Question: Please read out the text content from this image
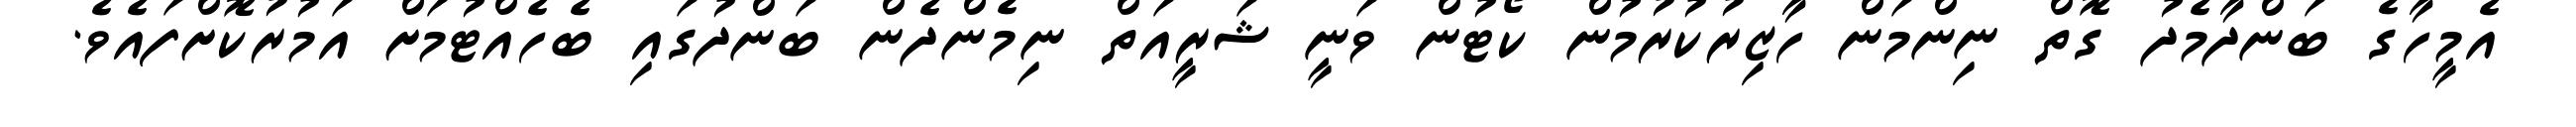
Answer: އެމީހާގެ ބަންދާމެދު ގޮތް ނިންމަން ހާޒިރުކުރުމުން ކޯޓުން ވަނީ ޝަރީއަތް ނިމެންދެން ބަންދުގައި ބެހެއްޓުމަށް އަމުރުކޮށްފައެވެ.